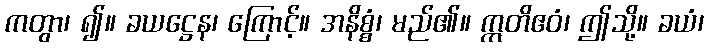
ကတွာ၊ ၍။ ခယဋ္ဌေန၊ ကြောင့်။ အနိစ္စံ၊ မည်၏။ ဣတိဧဝံ၊ ဤသို့။ ခယံ၊